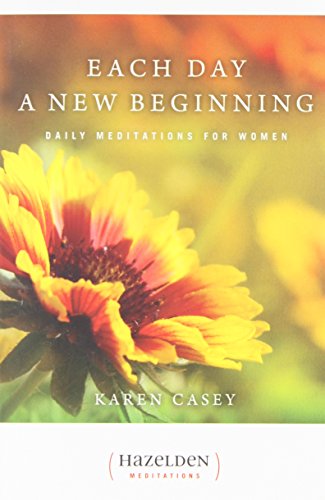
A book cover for Each Day a New Beginning: Daily Meditations for Women; Karen Casey; Health, Fitness & Dieting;